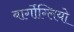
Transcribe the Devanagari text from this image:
बार्गोग्लियो